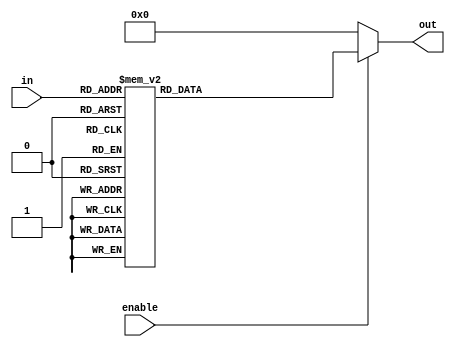
module DEC3 (input [2:0] in, input enable, output reg [7:0] out);
always @(in or enable)
    if(!enable)
	    out = 8'b00000000;
	else begin
	   case (in)
	       3'b000 : out = 8'b00000001;
	       3'b001 : out = 8'b00000010;
	       3'b010 : out = 8'b00000100;
	       3'b011 : out = 8'b00001000;
	       3'b100 : out = 8'b00010000;
	       3'b101 : out = 8'b00100000;
	       3'b110 : out = 8'b01000000;
	       3'b111 : out = 8'b10000000;
	    endcase
	end
endmodule